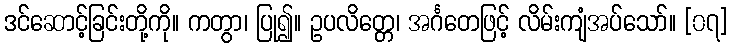
ဒင်ဆောင့်ခြင်းတို့ကို။ ကတွာ၊ ပြု၍။ ဥပလိတ္တေ၊ အင်္ဂတေဖြင့် လိမ်းကျံအပ်သော်။ [၀၇]